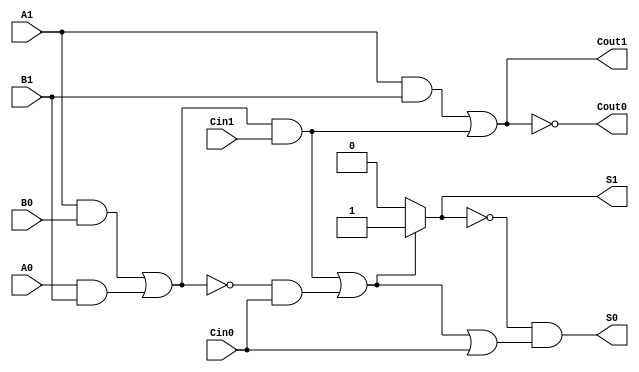
module DualRailFullAdder (
    input wire A1, A0,   // Dual-rail representation of input A
    input wire B1, B0,   // Dual-rail representation of input B
    input wire Cin1, Cin0, // Dual-rail representation of carry-in
    output wire S1, S0,  // Dual-rail representation of sum output
    output wire Cout1, Cout0 // Dual-rail representation of carry-out
);

// Intermediate wire declarations for logic
wire AxorB; // A XOR B
wire AandB; // A AND B
wire AxorB_Cin; // (A XOR B) XOR Cin

// Calculate A + B
assign AxorB = (A1 & B0) | (A0 & B1); // A XOR B using dual-rail
assign AandB = A1 & B1; // A AND B using dual-rail

// Calculate (A XOR B) XOR Cin
assign AxorB_Cin = (AxorB & Cin1) | ((~AxorB & Cin0));

// Sum output logic
assign S1 = AxorB_Cin ? 1'b1 : 1'b0; // For S1, output is true if AxorB_Cin is true
assign S0 = ~(S1) & (AxorB_Cin | Cin0); // Ensure S0 is the complement of S1

// Carry output logic
assign Cout1 = AandB | (Cin1 & AxorB); // Cout1 is true if either A and B are true or Cin and (A XOR B)
assign Cout0 = ~(Cout1); // Ensure Cout0 is the complement of Cout1

endmodule